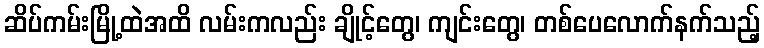
ဆိပ်ကမ်းမြို့ထဲအထိ လမ်းကလည်း ချိုင့်တွေ၊ ကျင်းတွေ၊ တစ်ပေလောက်နက်သည့်